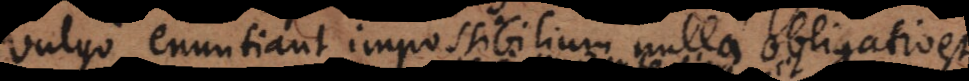
vulgo enuntiant impossibilium nulla obligatio es